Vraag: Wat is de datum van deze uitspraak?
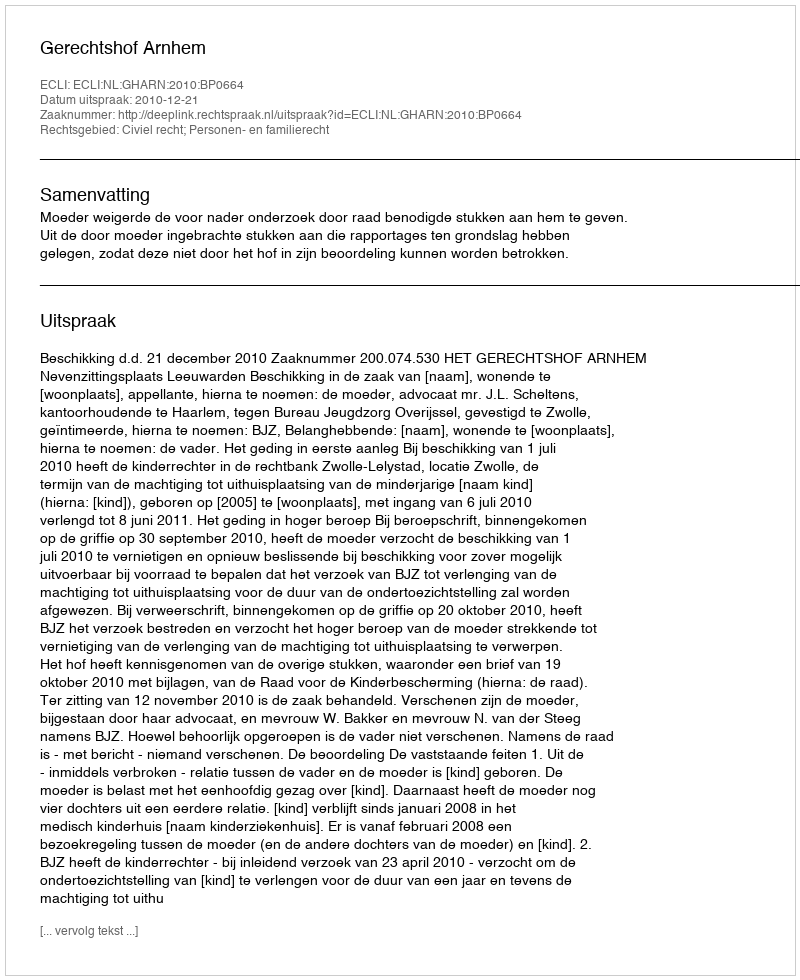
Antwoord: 2010-12-21